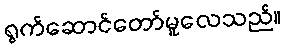
ရွက်ဆောင်တော်မူလေသည်။